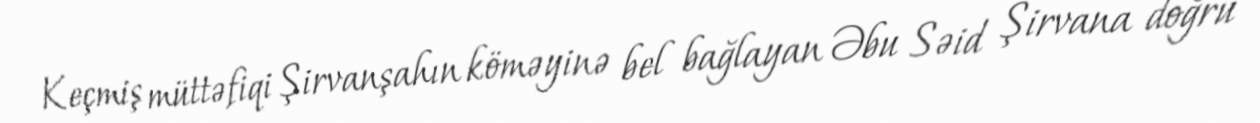
Keçmiş müttəfiqi Şirvanşahın köməyinə bel bağlayan Əbu Səid Şirvana doğru